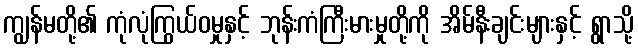
ကျွန်မတို့၏ ကုံလုံကြွယ်ဝမှုနှင့် ဘုန်းကံကြီးမားမှုတို့ကို အိမ်နီးချင်းများနှင့် ရွာသို့